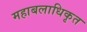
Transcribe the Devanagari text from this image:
महाबलाधिकृत